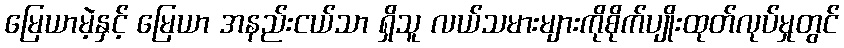
မြေယာမဲ့နှင့် မြေယာ အနည်းငယ်သာ ရှိသူ လယ်သမားများကိုစိုက်ပျိုးထုတ်လုပ်မှုတွင်